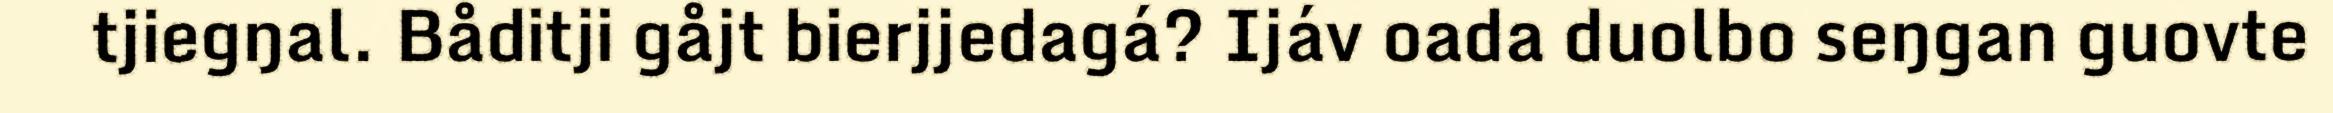
tjiegŋal. Båditji gåjt bierjjedagá? Ijáv oada duolbo seŋgan guovte